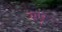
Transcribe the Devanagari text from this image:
सपृ